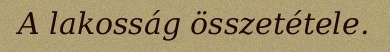
A lakosság összetétele.